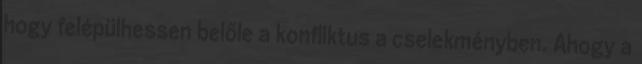
hogy felépülhessen belőle a konfliktus a cselekményben. Ahogy a